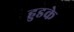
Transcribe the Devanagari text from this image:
हुडके